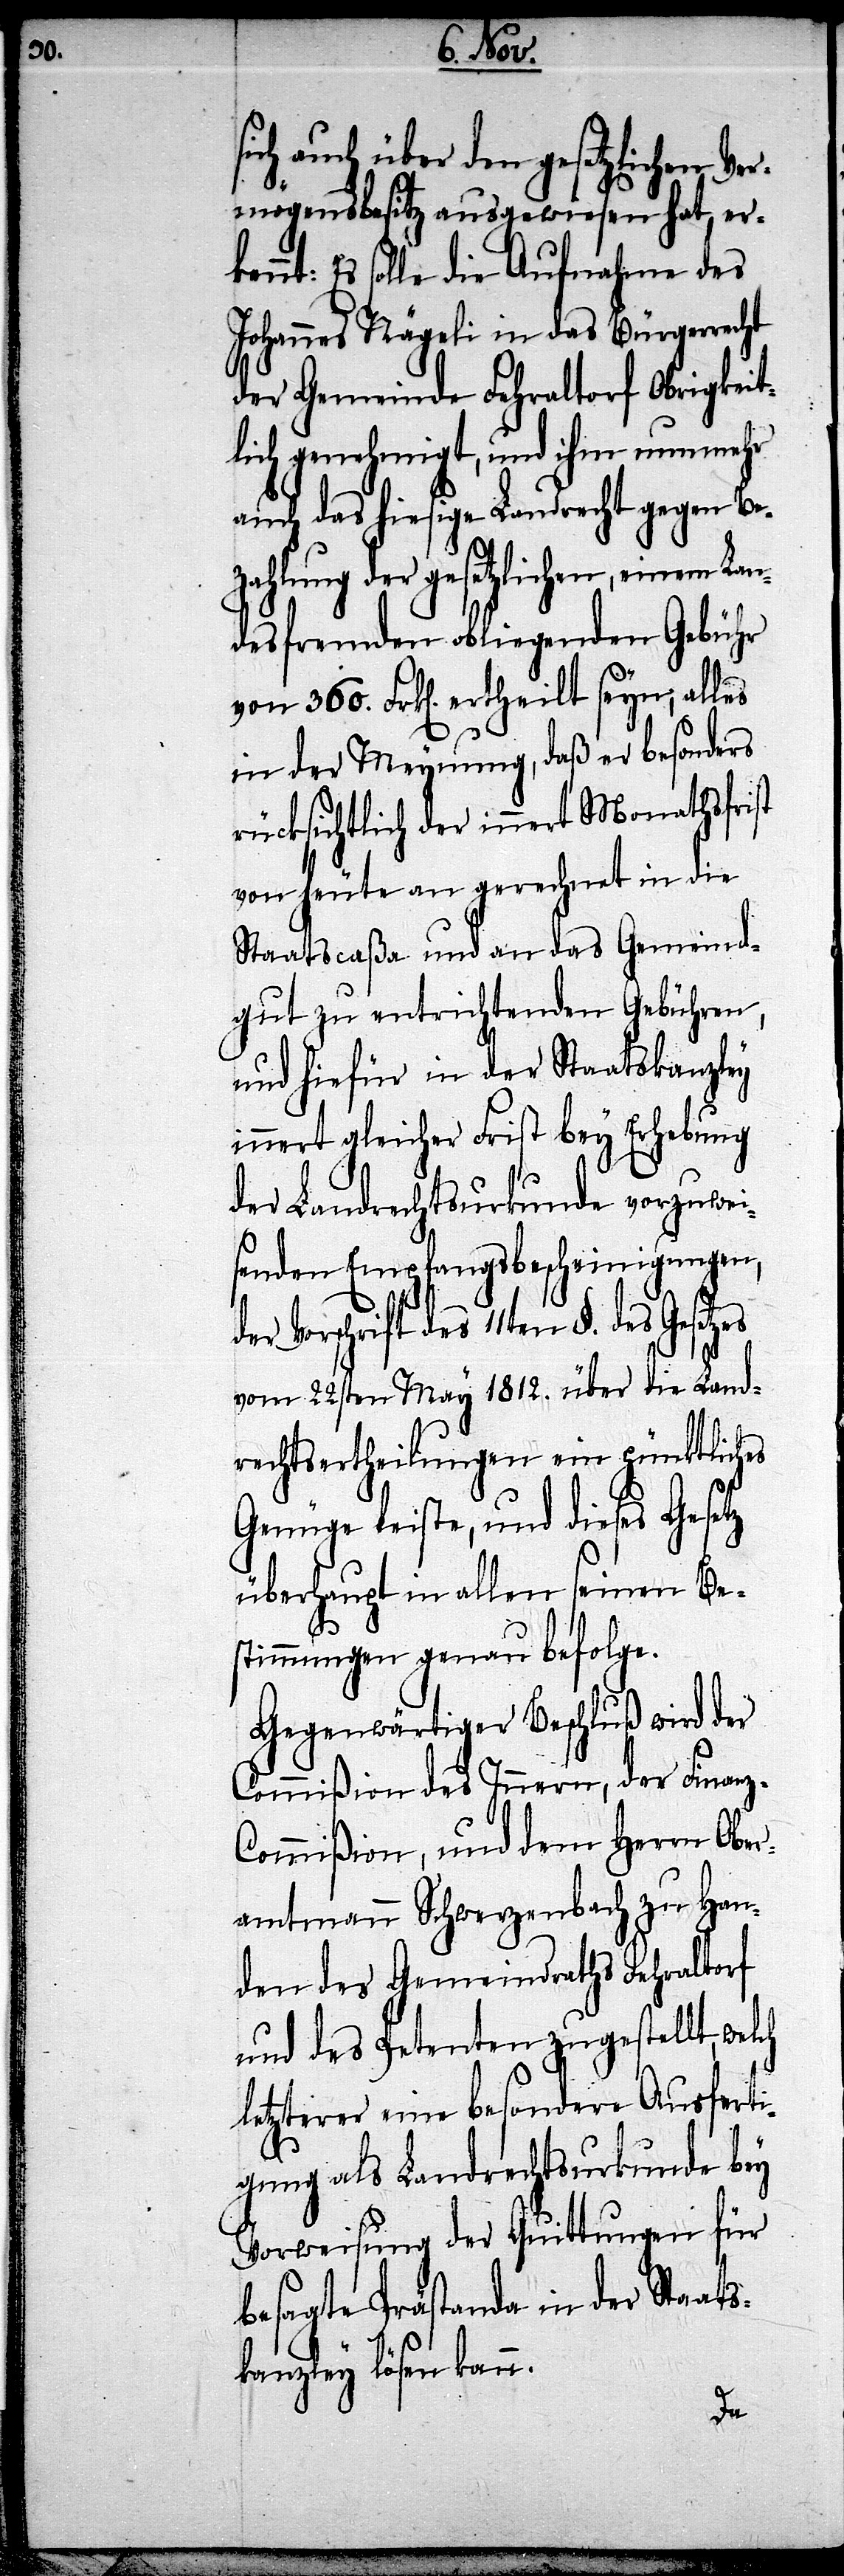
360.

kennt:
sich auch über den gesetzlichen Ve¬
rmögensbesitz ausgewiesen hat, er¬
Es solle die Aufnahme des
Johannes Nägeli in das Bürgerrecht
der Gemeinde Fehraltorf Obrigkeit¬
lich genehmigt, und ihm nunmehr
auch das hiesige Landrecht gegen Be¬
zahlung der gesetzlichen, einem Lan¬
desfremden obliegenden Gebühr
in der Meynung, daß er besonders
rücksichtlich der innert Monathsfrist
von heute an gerechnet in die
Staatscaßa und an das Gemeind¬
gut zu entrichtenden Gebühren,
und hiefür in der Staatskanzley
inner gleicher Frist bey Erhebung
der Landrechtsurkunde vorzuwei¬
senden Empfangsbescheinigungen,
Vorschrift des 11ten §. des
vom 22sten May 1812. über die Land¬
rechtsertheilungen ein pünktliches
Genüge leiste, und diese Gesetz
überhaupt in allen seinen Be¬
stimmungen genau befolge.
Gegenwärtiger Beschluß wird der
Commißion des Innern, der Finan¬
ommißion, und dem Herrn Ober¬
amtmann Schwerzenbach zu Han¬
den des Gemeindraths Fehraltorf
und des Petenten zugestellt, wel¬
letzterer eine besondere Ausferti¬
gung als Landrechtsurkunde bey
Vorweisung der Quittungen für
besagte Prästanda in der Staats¬
kanzley lösen kann.
ch